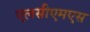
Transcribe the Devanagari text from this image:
एलसीएमएस